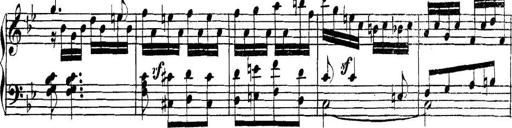
Title: Collected Piano Sonatas
Composer: Muzio Clementi